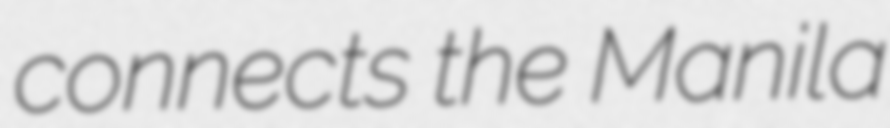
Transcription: connects the Manila